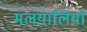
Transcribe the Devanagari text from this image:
मलयालियो